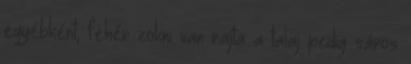
egyébként, fehér zokni van rajta a talaj pedig sáros